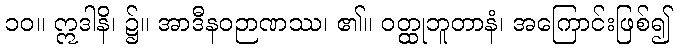
၁၀။ ဣဒါနိ၊ ၌။ အာဒီနဝဉာဏဿ၊ ၏။ ဝတ္ထုဘူတာနံ၊ အကြောင်းဖြစ်၍